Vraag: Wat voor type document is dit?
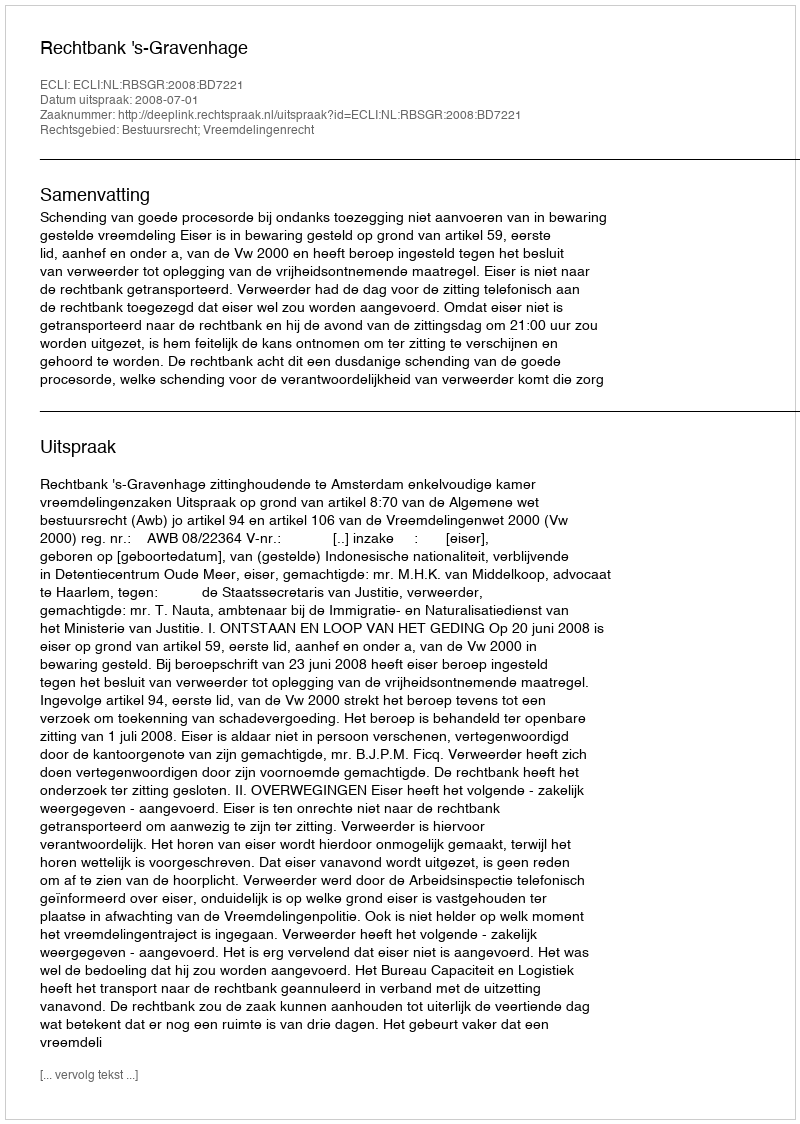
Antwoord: Uitspraak